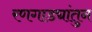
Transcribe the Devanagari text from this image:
रणगाड्यांतुन